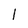
Character: l